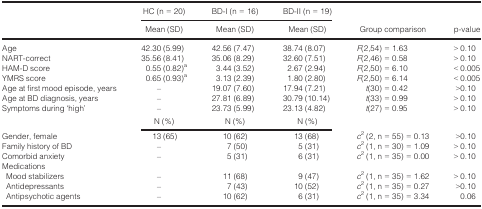
<table><thead><tr><td></td><td><b>HC (n = 20)</b></td><td><b>BD-I (n = 16)</b></td><td><b>BD-II (n = 19)</b></td><td></td><td></td></tr><tr><td></td><td><b>Mean (SD)</b></td><td><b>Mean (SD)</b></td><td><b>Mean (SD)</b></td><td><b>Group comparison</b></td><td><b>p-value</b></td></tr></thead><tbody><tr><td>Age</td><td>42.30 (5.99)</td><td>42.56 (7.47)</td><td>38.74 (8.07)</td><td><i>F</i>(2,54) = 1.63</td><td>&gt; 0.10</td></tr><tr><td>NART-correct</td><td>35.56 (8.41)</td><td>35.06 (8.29)</td><td>32.60 (7.51)</td><td><i>F</i>(2,46) = 0.58</td><td>&gt; 0.10</td></tr><tr><td>HAM-D score</td><td>0.55 (0.82)a</td><td>3.44 (3.52)</td><td>2.67 (2.94)</td><td><i>F</i>(2,50) = 6.10</td><td>&lt; 0.005</td></tr><tr><td>YMRS score</td><td>0.65 (0.93)a</td><td>3.13 (2.39)</td><td>1.80 (2.80)</td><td><i>F</i>(2,50) = 6.14</td><td>&lt; 0.005</td></tr><tr><td>Age at first mood episode, years</td><td>–</td><td>19.07 (7.60)</td><td>17.94 (7.21)</td><td><i>t</i>(30) = 0.42</td><td>&gt;0.10</td></tr><tr><td>Age at BD diagnosis, years</td><td>–</td><td>27.81 (6.89)</td><td>30.79 (10.14)</td><td><i>t</i>(33) = 0.99</td><td>&gt; 0.10</td></tr><tr><td>Symptoms during ‘high’</td><td>–</td><td>23.73 (5.99)</td><td>23.13 (4.82)</td><td><i>t</i>(27) = 0.95</td><td>&gt; 0.10</td></tr><tr><td></td><td>N (%)</td><td>N (%)</td><td>N (%)</td><td></td><td></td></tr><tr><td>Gender, female</td><td>13 (65)</td><td>10 (62)</td><td>13 (68)</td><td><i>c</i><sup>2</sup> (2, n = 55) = 0.13</td><td>&gt;0.10</td></tr><tr><td>Family history of BD</td><td>–</td><td>7 (50)</td><td>5 (31)</td><td><i>c</i><sup>2</sup> (1, n = 30) = 1.09</td><td>&gt; 0.10</td></tr><tr><td>Comorbid anxiety</td><td>–</td><td>5 (31)</td><td>6 (31)</td><td><i>c</i><sup>2</sup> (1, n = 35) = 0.00</td><td>&gt; 0.10</td></tr><tr><td colspan="6">Medications</td></tr><tr><td> Mood stabilizers</td><td>–</td><td>11 (68)</td><td>9 (47)</td><td><i>c</i><sup>2</sup> (1, n = 35) = 1.62</td><td>&gt; 0.10</td></tr><tr><td> Antidepressants</td><td>–</td><td>7 (43)</td><td>10 (52)</td><td><i>c</i><sup>2</sup> (1, n = 35) = 0.27</td><td>&gt;0.10</td></tr><tr><td> Antipsychotic agents</td><td>–</td><td>10 (62)</td><td>6 (31)</td><td><i>c</i><sup>2</sup> (1, n = 35) = 3.34</td><td>0.06</td></tr></tbody></table>